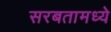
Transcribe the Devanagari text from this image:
सरबतामध्ये